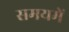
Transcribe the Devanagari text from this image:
समयमें